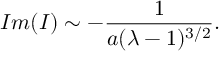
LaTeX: I m ( I ) \sim - { \frac { 1 } { a ( \lambda - 1 ) ^ { 3 / 2 } } } .